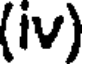
(iv)